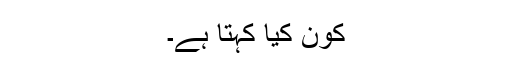
کون کیا کہتا ہے۔